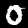
Digit: 0